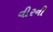
વીરની